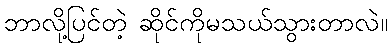
ဘာလို့ပြင်တဲ့ ဆိုင်ကိုမသယ်သွားတာလဲ။